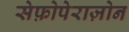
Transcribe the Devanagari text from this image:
सेफ़ोपेराज़ोन